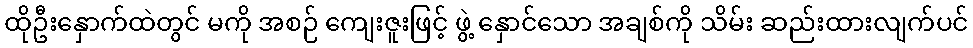
ထိုဦးနှောက်ထဲတွင် မကို အစဉ် ကျေးဇူးဖြင့် ဖွဲ့ နှောင်သော အချစ်ကို သိမ်း ဆည်းထားလျက်ပင်